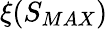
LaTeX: \xi(S_{MAX})